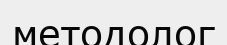
методолог